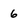
Character: 6